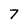
Character: 7